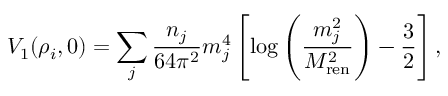
V _ { 1 } ( \rho _ { i } , 0 ) = \sum _ { j } { \frac { n _ { j } } { 6 4 \pi ^ { 2 } } } m _ { j } ^ { 4 } \left[ \log \left( { \frac { m _ { j } ^ { 2 } } { M _ { \mathrm { r e n } } ^ { 2 } } } \right) - { \frac { 3 } { 2 } } \right] ,